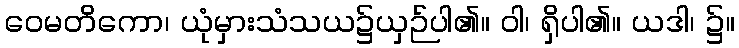
ဝေမတိကော၊ ယုံမှားသံသယ၌ယှဉ်ပါ၏။ ဝါ၊ ရှိပါ၏။ ယဒါ၊ ၌။